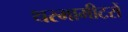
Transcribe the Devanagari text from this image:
थरमामीटरों